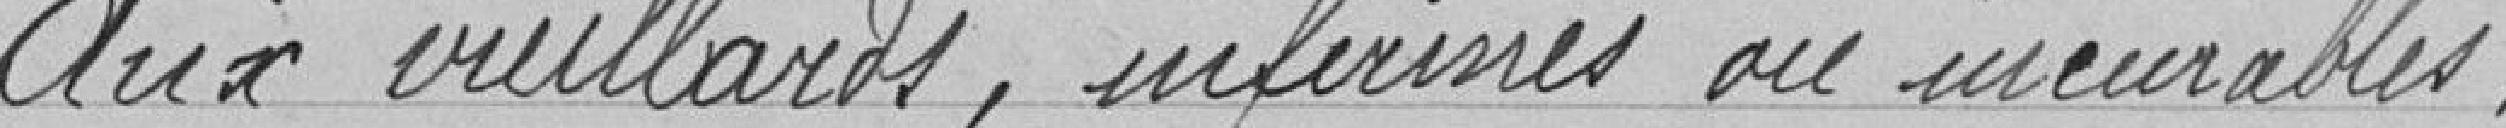
Aux vieillards, infirmes ou incurables